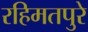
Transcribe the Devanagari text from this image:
रहिमतपुरे